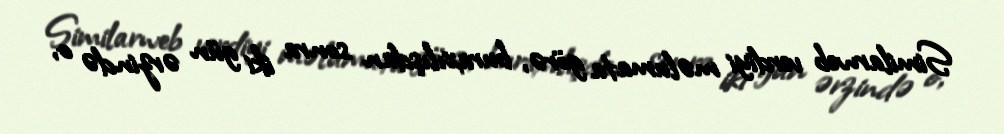
Similarweb verdiyi məlumata görə, buraxılışdan sonra iki gün ərzində o,